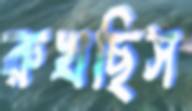
রুখছিস